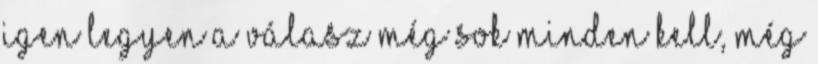
igen legyen a válasz még sok minden kell, még